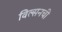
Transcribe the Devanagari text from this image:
विल्सनची